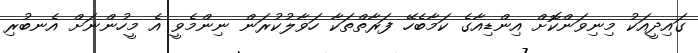
ގައިދީއަކު މިނިވަންކޮށް އިންޑިއާގެ ކަމާބެހޭ ފަރާތްތަކާ ހަވާލުކުރަން ނިންމެވީ އެ މީހުންނަށް އެނބުރި